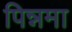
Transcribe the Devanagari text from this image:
पिन्नमा